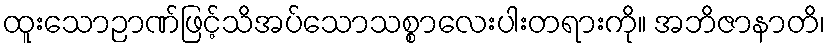
ထူးသောဉာဏ်ဖြင့်သိအပ်သောသစ္စာလေးပါးတရားကို။ အဘိဇာနာတိ၊